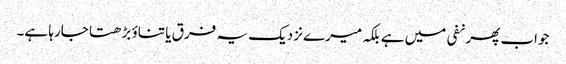
جواب پھر نفی میں ہے بلکہ میرے نزدیک یہ فرق یا تناؤ بڑھتا جارہا ہے۔